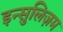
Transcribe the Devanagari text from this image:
इन्सुलिज़म